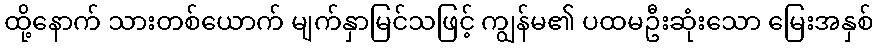
ထို့နောက် သားတစ်ယောက် မျက်နှာမြင်သဖြင့် ကျွန်မ၏ ပထမဦးဆုံးသော မြေးအနှစ်